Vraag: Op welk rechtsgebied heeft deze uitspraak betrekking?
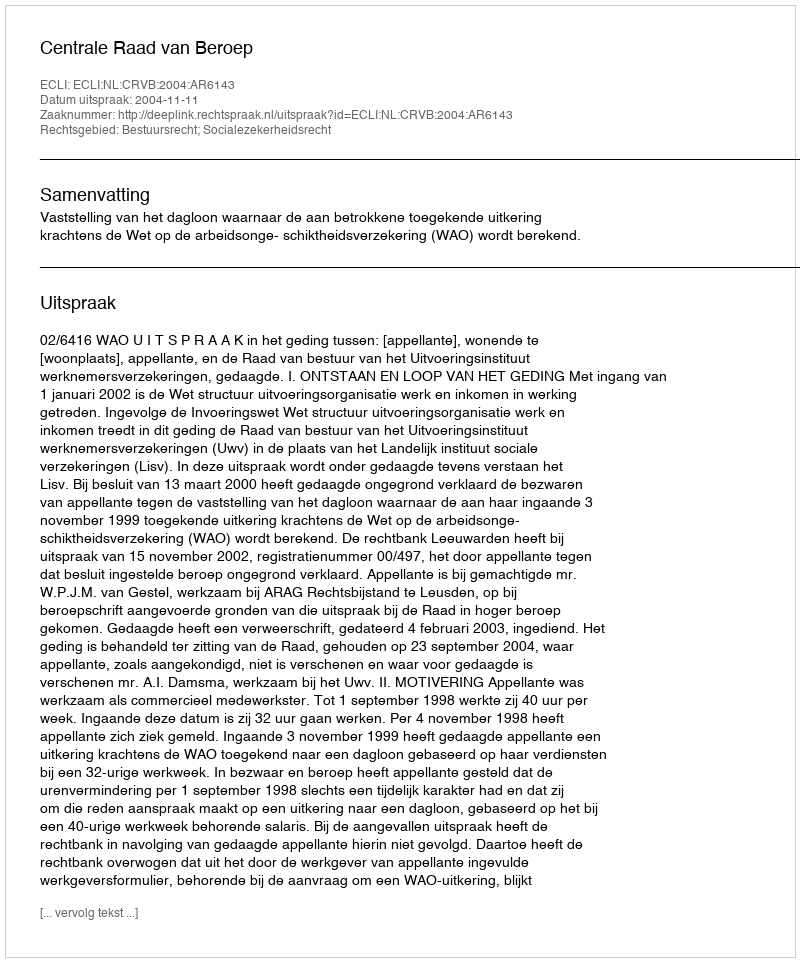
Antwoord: Bestuursrecht; Socialezekerheidsrecht